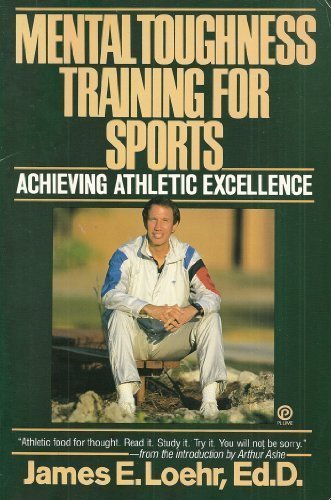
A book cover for Mental Toughness Training for Sports:  Achieving Athletic Excellence; James E. Loehr; Sports & Outdoors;